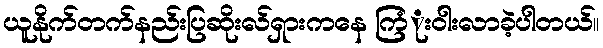
ယူနိုက်တက်နည်းပြဆိုးလ်ရှားကနေ ကြံုးဝါးလာခဲ့ပါတယ်။